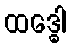
ထဒ္ဓေါ